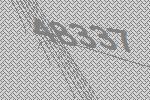
48337